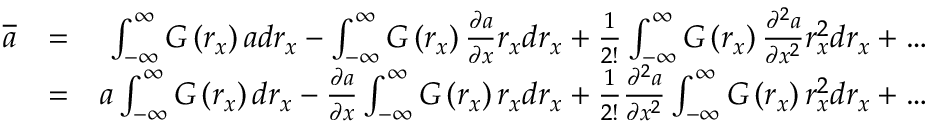
\begin{array} { r l r } { \overline { { { a } } } } & { = } & { \int _ { - \infty } ^ { \infty } G \left( r _ { x } \right) a d r _ { x } - \int _ { - \infty } ^ { \infty } G \left( r _ { x } \right) \frac { \partial a } { \partial x } r _ { x } d r _ { x } + \frac { 1 } { 2 ! } \int _ { - \infty } ^ { \infty } G \left( r _ { x } \right) \frac { \partial ^ { 2 } a } { \partial x ^ { 2 } } r _ { x } ^ { 2 } d r _ { x } + \dots } \\ & { = } & { a \int _ { - \infty } ^ { \infty } G \left( r _ { x } \right) d r _ { x } - \frac { \partial a } { \partial x } \int _ { - \infty } ^ { \infty } G \left( r _ { x } \right) r _ { x } d r _ { x } + \frac { 1 } { 2 ! } \frac { \partial ^ { 2 } a } { \partial x ^ { 2 } } \int _ { - \infty } ^ { \infty } G \left( r _ { x } \right) r _ { x } ^ { 2 } d r _ { x } + \dots } \end{array}